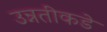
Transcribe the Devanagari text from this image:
उन्नतीकडे